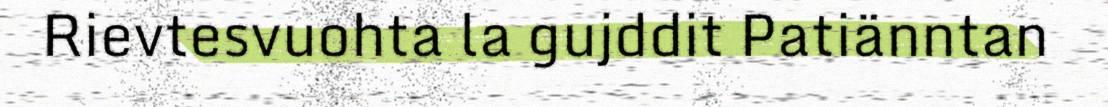
Rievtesvuohta la gujddit Patiänntan